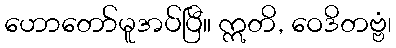
ဟောတော်မူအပ်ပြီ။ ဣတိ, ဝေဒိတဗ္ဗံ၊